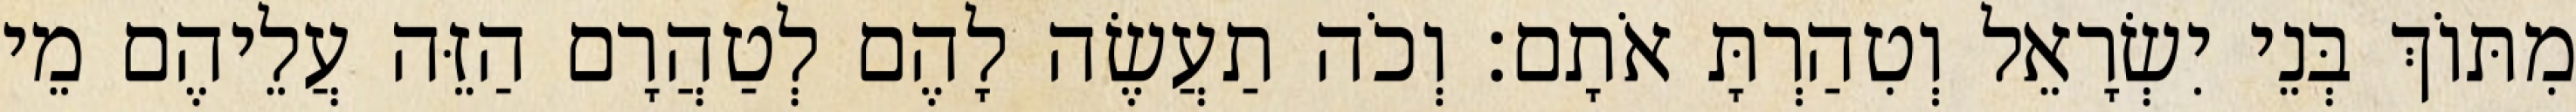
מִתּוֹךְ בְּנֵי יִשְׂרָאֵל וְטִהַרְתָּ אֹתָם׃ וְכֹה תַעֲשֶׂה לָהֶם לְטַהֲרָם הַזֵּה עֲלֵיהֶם מֵי